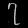
Digit: ၇